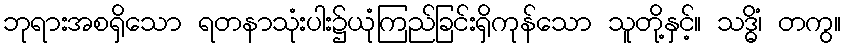
ဘုရားအစရှိသော ရတနာသုံးပါး၌ယုံကြည်ခြင်းရှိကုန်သော သူတို့နှင့်။ သဒ္ဓိံ၊ တကွ။